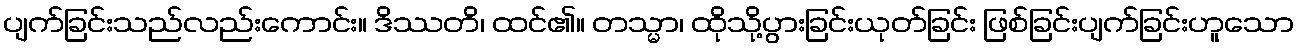
ပျက်ခြင်းသည်လည်းကောင်း။ ဒိဿတိ၊ ထင်၏။ တသ္မာ၊ ထိုသို့ပွားခြင်းယုတ်ခြင်း ဖြစ်ခြင်းပျက်ခြင်းဟူသော